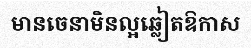
មានចេនាមិនល្អឆ្លៀតឱកាស